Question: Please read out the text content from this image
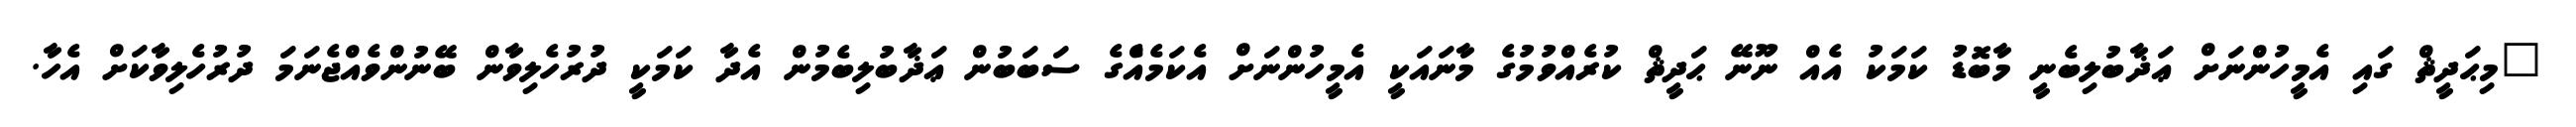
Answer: "މިޙަދީޘް ގައި އެމީހުންނަށް ޢަޛާބުލިބެނީ މާބޮޑު ކަމަކު އެއް ނޫނޭ ޙަދީޘް ކުރެއްވުމުގެ މާނައަކީ އެމީހުންނަށް އެކަމެއްެގެ ސަބަބުން ޢަޛާބުލިބެމުން އެދާ ކަމަކީ ދުރުހެލިވާން ބޭނުންވެއްޖެނަމަ ދުރުހެލިވާކަށް އެހާ.